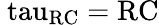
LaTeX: \mathrm{{\ tau_{RC}=RC}}